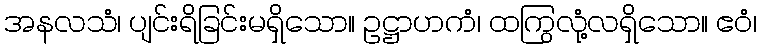
အနလသံ၊ ပျင်းရိခြင်းမရှိသော။ ဥဋ္ဌာဟကံ၊ ထကြွလုံ့လရှိသော။ ဧဝံ၊